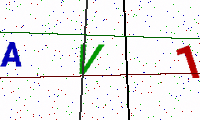
Text: AV1